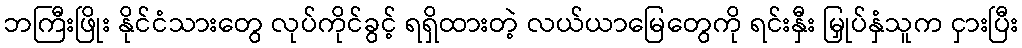
ဘကြီးဖြိုး နိုင်ငံသားတွေ လုပ်ကိုင်ခွင့် ရရှိထားတဲ့ လယ်ယာမြေတွေကို ရင်းနှီး မြှုပ်နှံသူက ငှားပြီး